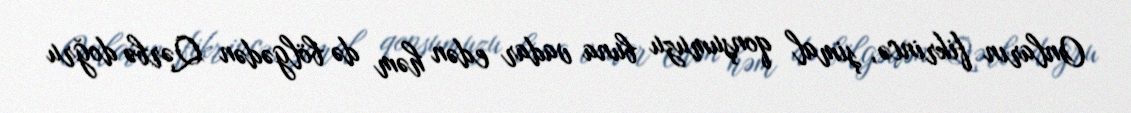
Onların fikrincə, şimal qonşumuzu buna vadar edən həm də bölgədən Qərbə doğru